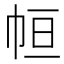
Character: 𢂡